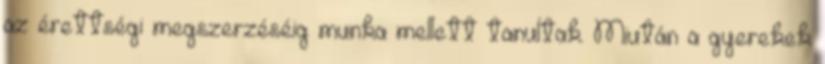
az érettségi megszerzéséig munka mellett tanultak. Miután a gyerekek